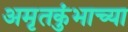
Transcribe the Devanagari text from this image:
अमृतकुंभाच्या